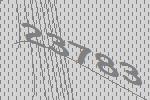
23783